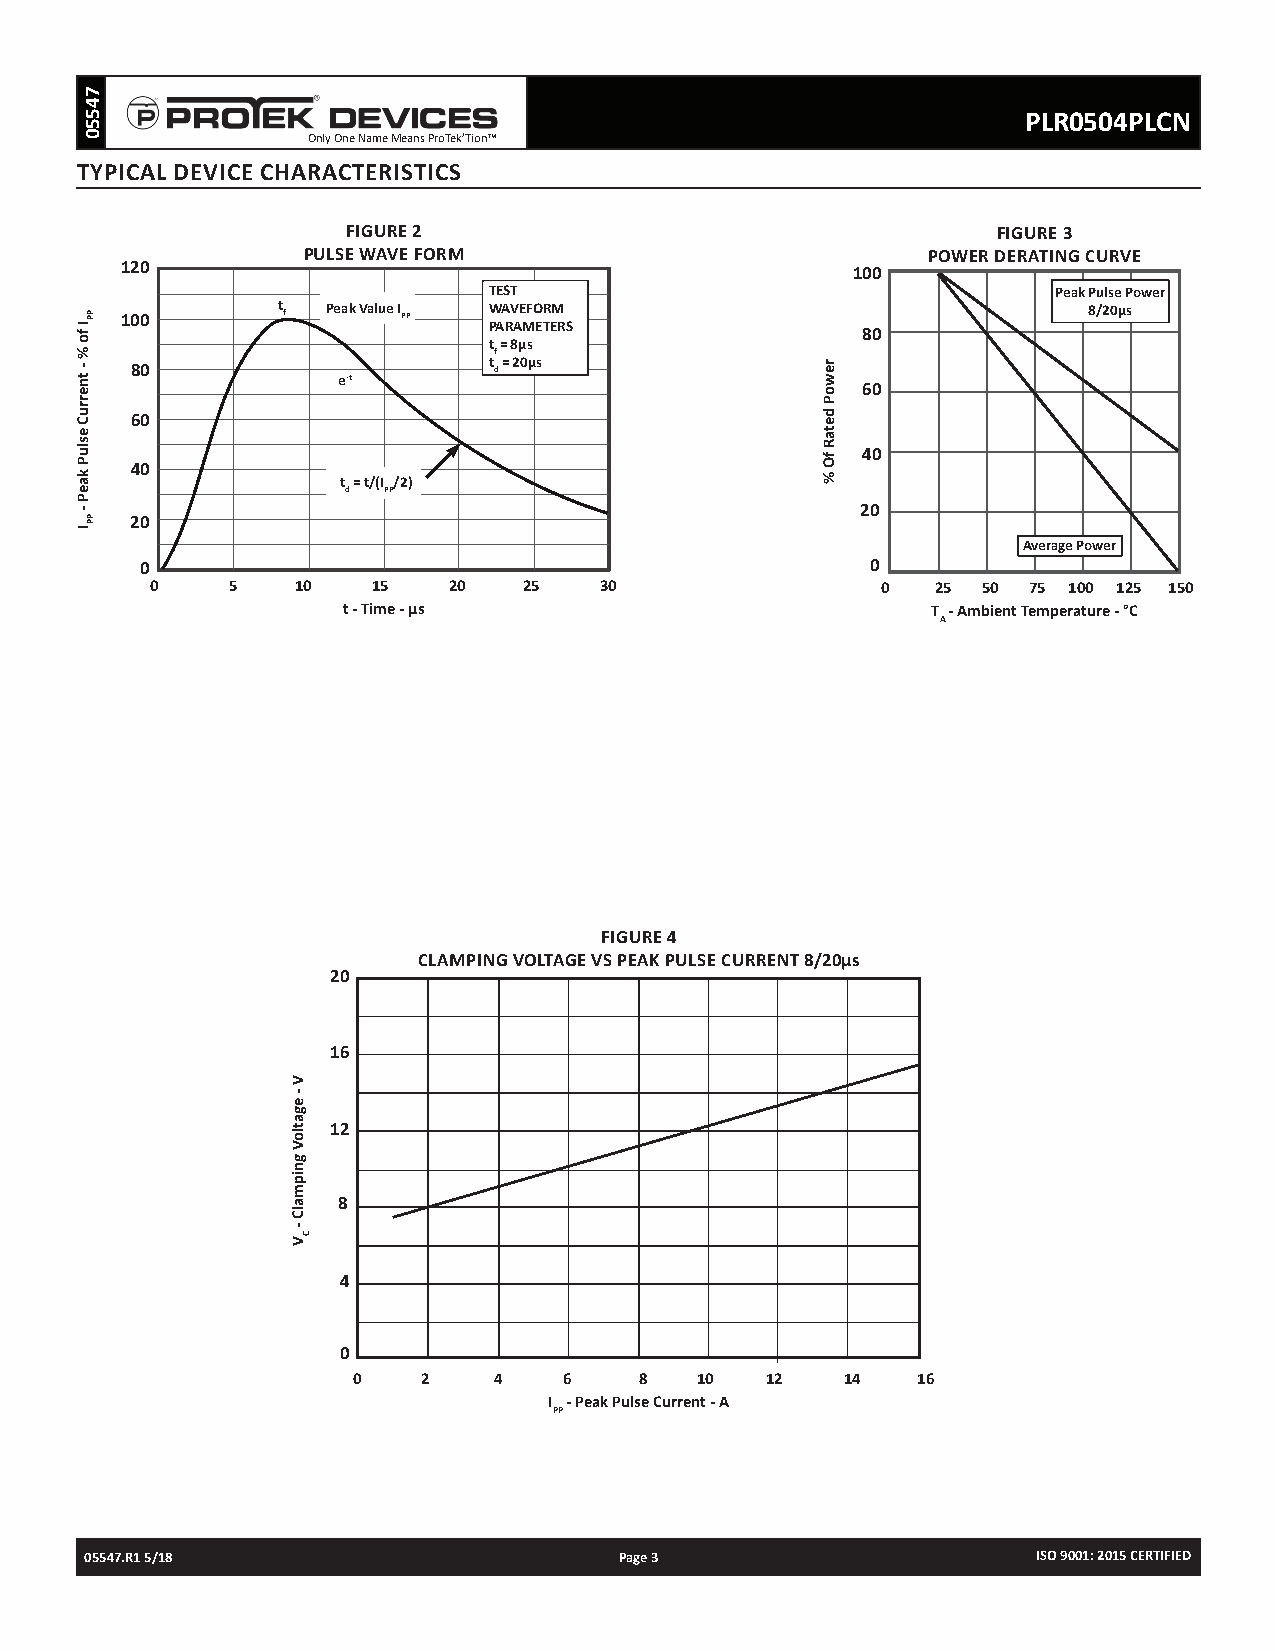
PLR0504PLCN
 Only One Name Means ProTek’Tion™
 TYPICAL DEVICE CHARACTERISTICS
 FIGURE 2                                   FIGURE 3
 PULSE WAVE FORM                          POWER DERATING CURVE
 120                                             100
 TEST                                  Peak Pulse Power
 100       t f Peak Value I PP W PAA RV AE MFO ETR EM RS         8/20µs
 80
 t = 8µs
 f
 t = 20µs 80 d
 e-t
 60
 60
 40
 40           t = t/(I /2)
 d PP
 20
 20
 Average Power
 0                                                0
 0    5    10   15   20   25   30                0   25 50 75 100 125 150
 t - Time - µs                          T - Ambient Temperature - °C
 A
 FIGURE 4
 CLAMPING VOLTAGE VS PEAK PULSE CURRENT 8/20µs
 20
 16
 12
 8
 4
 0
 0    2    4   6    8   10   12   14   16
 I - Peak Pulse Current - A
 PP
 05547.R1 5/18                      Page 3                      ISO 9001: 2015 CERTIFIED
 I
 fo
 %
 -
 tnerruC
 esluP
 kaeP
 -
 I
 74550
 PP
 PP
 V
 -
 egatloV
 gnipmalC
 -
 V C
 rewoP
 detaR
 fO
 %